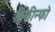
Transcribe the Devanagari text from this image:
क्रिकीन्फो